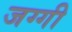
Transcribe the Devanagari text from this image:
जग्‍गी